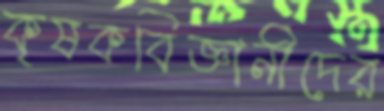
কৃষকবিজ্ঞানীদের